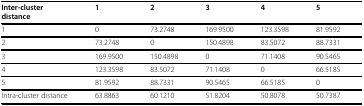
<table><thead><tr><td><b>Inter-clusterdistance</b></td><td><b>1</b></td><td><b>2</b></td><td><b>3</b></td><td><b>4</b></td><td><b>5</b></td></tr></thead><tbody><tr><td>1</td><td>0</td><td>73.2748</td><td>169.9500</td><td>123.3598</td><td>81.9592</td></tr><tr><td>2</td><td>73.2748</td><td>0</td><td>150.4898</td><td>83.5072</td><td>88.7331</td></tr><tr><td>3</td><td>169.9500</td><td>150.4898</td><td>0</td><td>71.1408</td><td>90.5465</td></tr><tr><td>4</td><td>123.3598</td><td>83.5072</td><td>71.1408</td><td>0</td><td>66.5185</td></tr><tr><td>5</td><td>81.9592</td><td>88.7331</td><td>90.5465</td><td>66.5185</td><td>0</td></tr><tr><td>Intra-cluster distance</td><td>63.8863</td><td>60.1210</td><td>51.8204</td><td>50.8078</td><td>50.7387</td></tr></tbody></table>